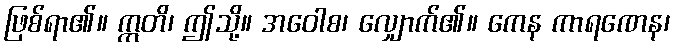
ဖြစ်ရာ၏။ ဣတိ၊ ဤသို့။ အဝေါစ၊ လျှောက်၏။ ကေန ကာရဏေန၊